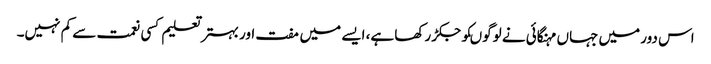
اس دور میں جہاں مہنگائی نے لوگوںکو جکڑ رکھا ہے، ایسے میں مفت اور بہتر تعلیم کسی نعمت سے کم نہیں۔